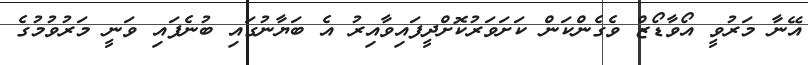
އޭނާ މަރުވީ އޯވާޑޯޒް ވެގެންކަން ކަށަވަރުކޮށްދީފައިވާއިރު އެ ބަޔާނުގައި ބުނެފައި ވަނީ މަރުވުމުގެ